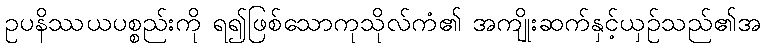
ဥပနိဿယပစ္စည်းကို ရ၍ဖြစ်သောကုသိုလ်ကံ၏ အကျိုးဆက်နှင့်ယှဉ်သည်၏အ